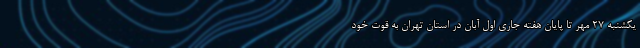
یکشنبه ۲۷ مهر تا پایان هفته ‌جاری اول آبان در استان تهران به قوت خود